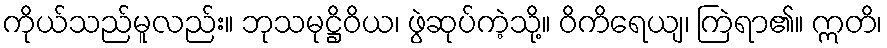
ကိုယ်သည်မူလည်း။ ဘုသမုဋ္ဌိဝိယ၊ ဖွဲဆုပ်ကဲ့သို့။ ဝိကိရေယျ၊ ကြဲရာ၏။ ဣတိ၊